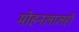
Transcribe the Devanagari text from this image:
मोहनलालही